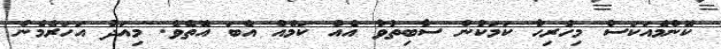
ކޮންމެއަކަސް މިހުރިހާ ކަމަކުން ސާބިތުވާ އެއް ކަމެއް އެބަ އޮތެވެ. މިއަދު އަހަރެމެން